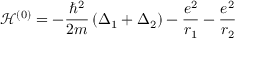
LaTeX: { \mathcal { H } } ^ { ( 0 ) } = - { \frac { \hbar ^ { 2 } } { 2 m } } \left( \Delta _ { 1 } + \Delta _ { 2 } \right) - { \frac { e ^ { 2 } } { r _ { 1 } } } - { \frac { e ^ { 2 } } { r _ { 2 } } }